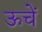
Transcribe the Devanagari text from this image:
ऊचें